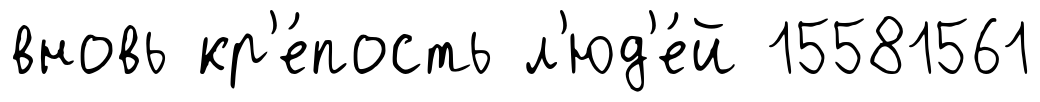
вновь кр'е́пость л'юд'е́й 15581561